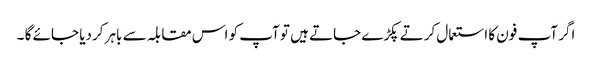
اگر آپ فون کا استعمال کرتے پکڑے جاتے ہیں تو آپ کو اس مقابلہ سے باہر کردیا جائے گا ۔